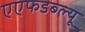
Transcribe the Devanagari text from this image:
एएफडब्ल्‍यू